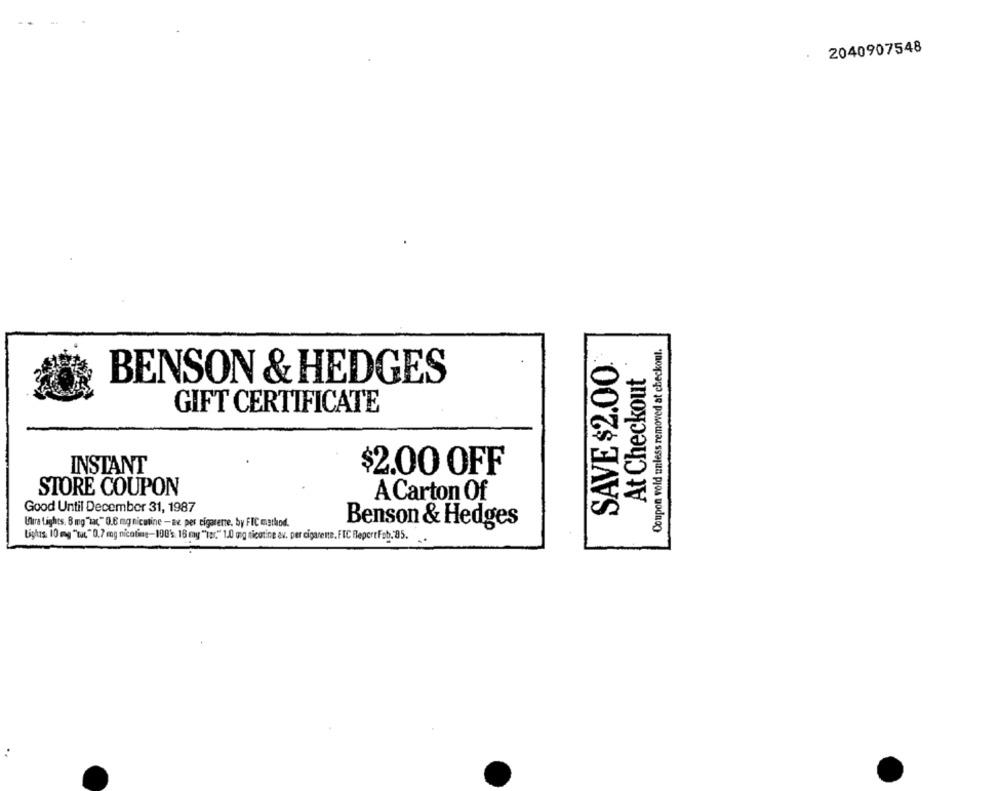
2040907548
Coupon vold unless removed at checkout.
SAVE $2.00
.
At Checkout
BENSON & HEDGES
GIFT CERTIFICATE
INSTANT
$2.00 OFF
STORE COUPON
A Carton Of
Good Until December 31, 1987
Ultra Lights, 8 mg"sac," 0.6 mg nicotine - Be per cigarette, by FIC method.
Benson & Hedges
Lighis. 10 mg "tuc" 0.7 mg nicoting-100'%. 16 my "Ta(" 1.0 mg nicotine av. per cigarene. FIC ReportFob. 85.